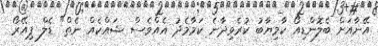
އޭނާއަށް ބެލޮންޑިއޯ ކާމިޔާބު ކުރެވިދާނެ ކަމާމެދު އެއްވެސް ޝައްކެއް ނެތް" ޑެލް ޕިއޭރޯ